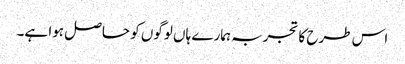
اس طرح کا تجربہ ہمارے ہاں لوگوں کو حاصل ہوا ہے۔